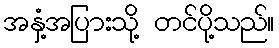
အနှံ့အပြားသို့ တင်ပို့သည်။